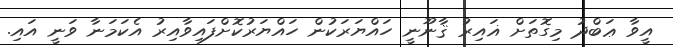
އީވާ ޢަބްދު މިގޮތަށް ޣައިރު ޤާނޫނީ ހައްޔަރަކުން ހައްޔަރުކޮށްފައިވާއިރު އެކަމަނާ ވަނީ އައި.